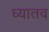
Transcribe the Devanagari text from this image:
ध्यातव